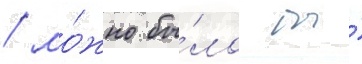
/ мо́жно бы́ло бы́